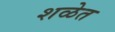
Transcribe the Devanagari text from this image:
शळेत